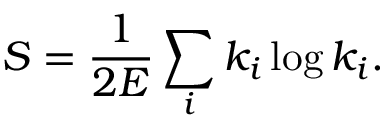
S = \frac { 1 } { 2 E } \sum _ { i } k _ { i } \log k _ { i } .